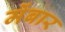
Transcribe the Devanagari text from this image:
मेंबार